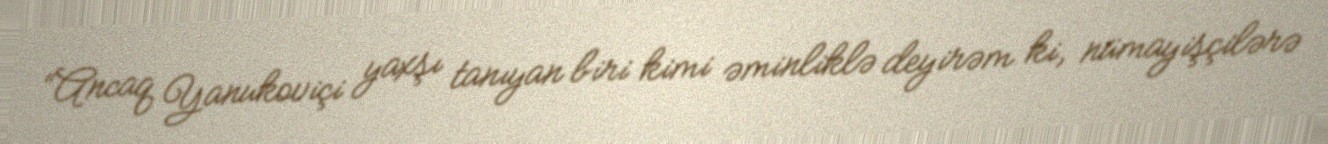
“Ancaq Yanukoviçi yaxşı tanıyan biri kimi əminliklə deyirəm ki, nümayişçilərə